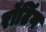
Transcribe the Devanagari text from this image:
रॉटिंग